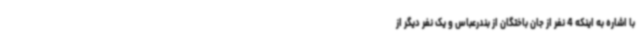
با اشاره به اینکه 4 نفر از جان باختگان از بندرعباس و یک نفر دیگر از